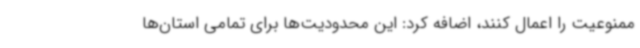
ممنوعیت را اعمال کنند، اضافه کرد: این محدودیت‌ها برای تمامی استان‌ها